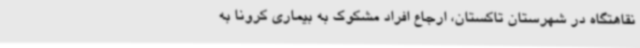
نقاهتگاه در شهرستان تاکستان، ارجاع افراد مشکوک به بیماری کرونا به